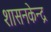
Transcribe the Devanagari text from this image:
शासनकेन्द्र